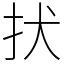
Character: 㧋